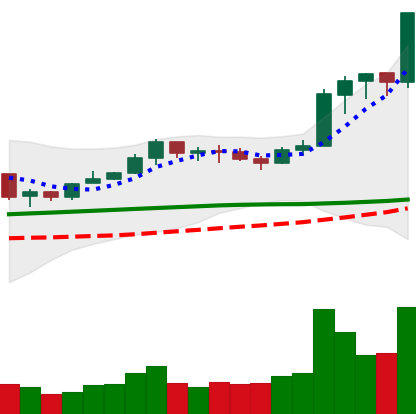
Ticker: LINK-USD
Chart end date: 2020-02-11
Forward return: 13.297%
Label: up_7plus